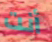
أنت